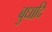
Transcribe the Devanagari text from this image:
बुधादि